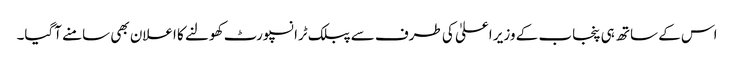
اس کے ساتھ ہی پنجاب کے وزیر اعلیٰ کی طرف سے پبلک ٹرانسپورٹ کھولنے کا اعلان بھی سامنے آگیا۔